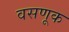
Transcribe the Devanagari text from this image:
वसणूक